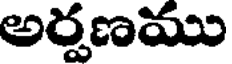
అర్పణము